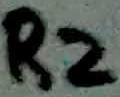
Text: R2